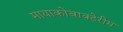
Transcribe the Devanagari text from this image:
मायाकोबाक्टेरीम